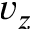
v _ { z }